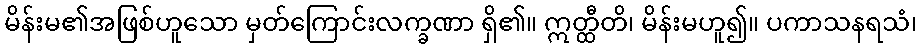
မိန်းမ၏အဖြစ်ဟူသော မှတ်ကြောင်းလက္ခဏာ ရှိ၏။ ဣတ္ထီတိ၊ မိန်းမဟူ၍။ ပကာသနရသံ၊